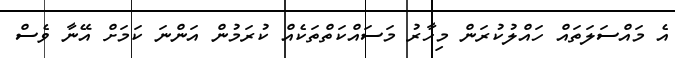
އެ މައްސަލަތައް ހައްލުކުރަން މިހާރު މަސައްކަތްތަކެއް ކުރަމުން އަންނަ ކަމަށް އޭނާ ވެސް